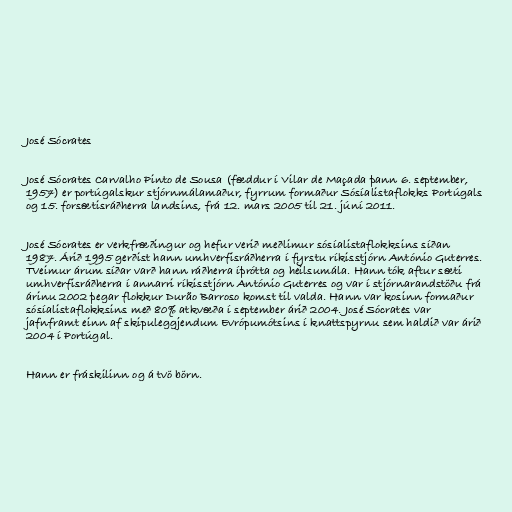
José Sócrates

José Sócrates Carvalho Pinto de Sousa (fæddur í Vilar de Maçada þann 6. september,
1957) er portúgalskur stjórnmálamaður, fyrrum formaður Sósíalistaflokks Portúgals
og 15. forsætisráðherra landsins, frá 12. mars 2005 til 21. júní 2011.

José Sócrates er verkfræðingur og hefur verið meðlimur sósíalistaflokksins síðan
1987. Árið 1995 gerðist hann umhverfisráðherra í fyrstu ríkisstjórn António Guterres.
Tveimur árum síðar varð hann ráðherra íþrótta og heilsumála. Hann tók aftur sæti
umhverfisráðherra í annarri ríkisstjórn António Guterres og var í stjórnarandstöðu frá
árinu 2002 þegar flokkur Durão Barroso komst til valda. Hann var kosinn formaður
sósíalistaflokksins með 80% atkvæða í september árið 2004. José Sócrates var
jafnframt einn af skipuleggjendum Evrópumótsins í knattspyrnu sem haldið var árið
2004 í Portúgal.

Hann er fráskilinn og á tvö börn.